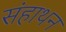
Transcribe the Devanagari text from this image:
संहाथन